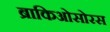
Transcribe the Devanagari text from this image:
ब्राकिओसोरस